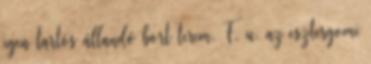
igen tartós állandó bort terem. F. u. az esztergomi